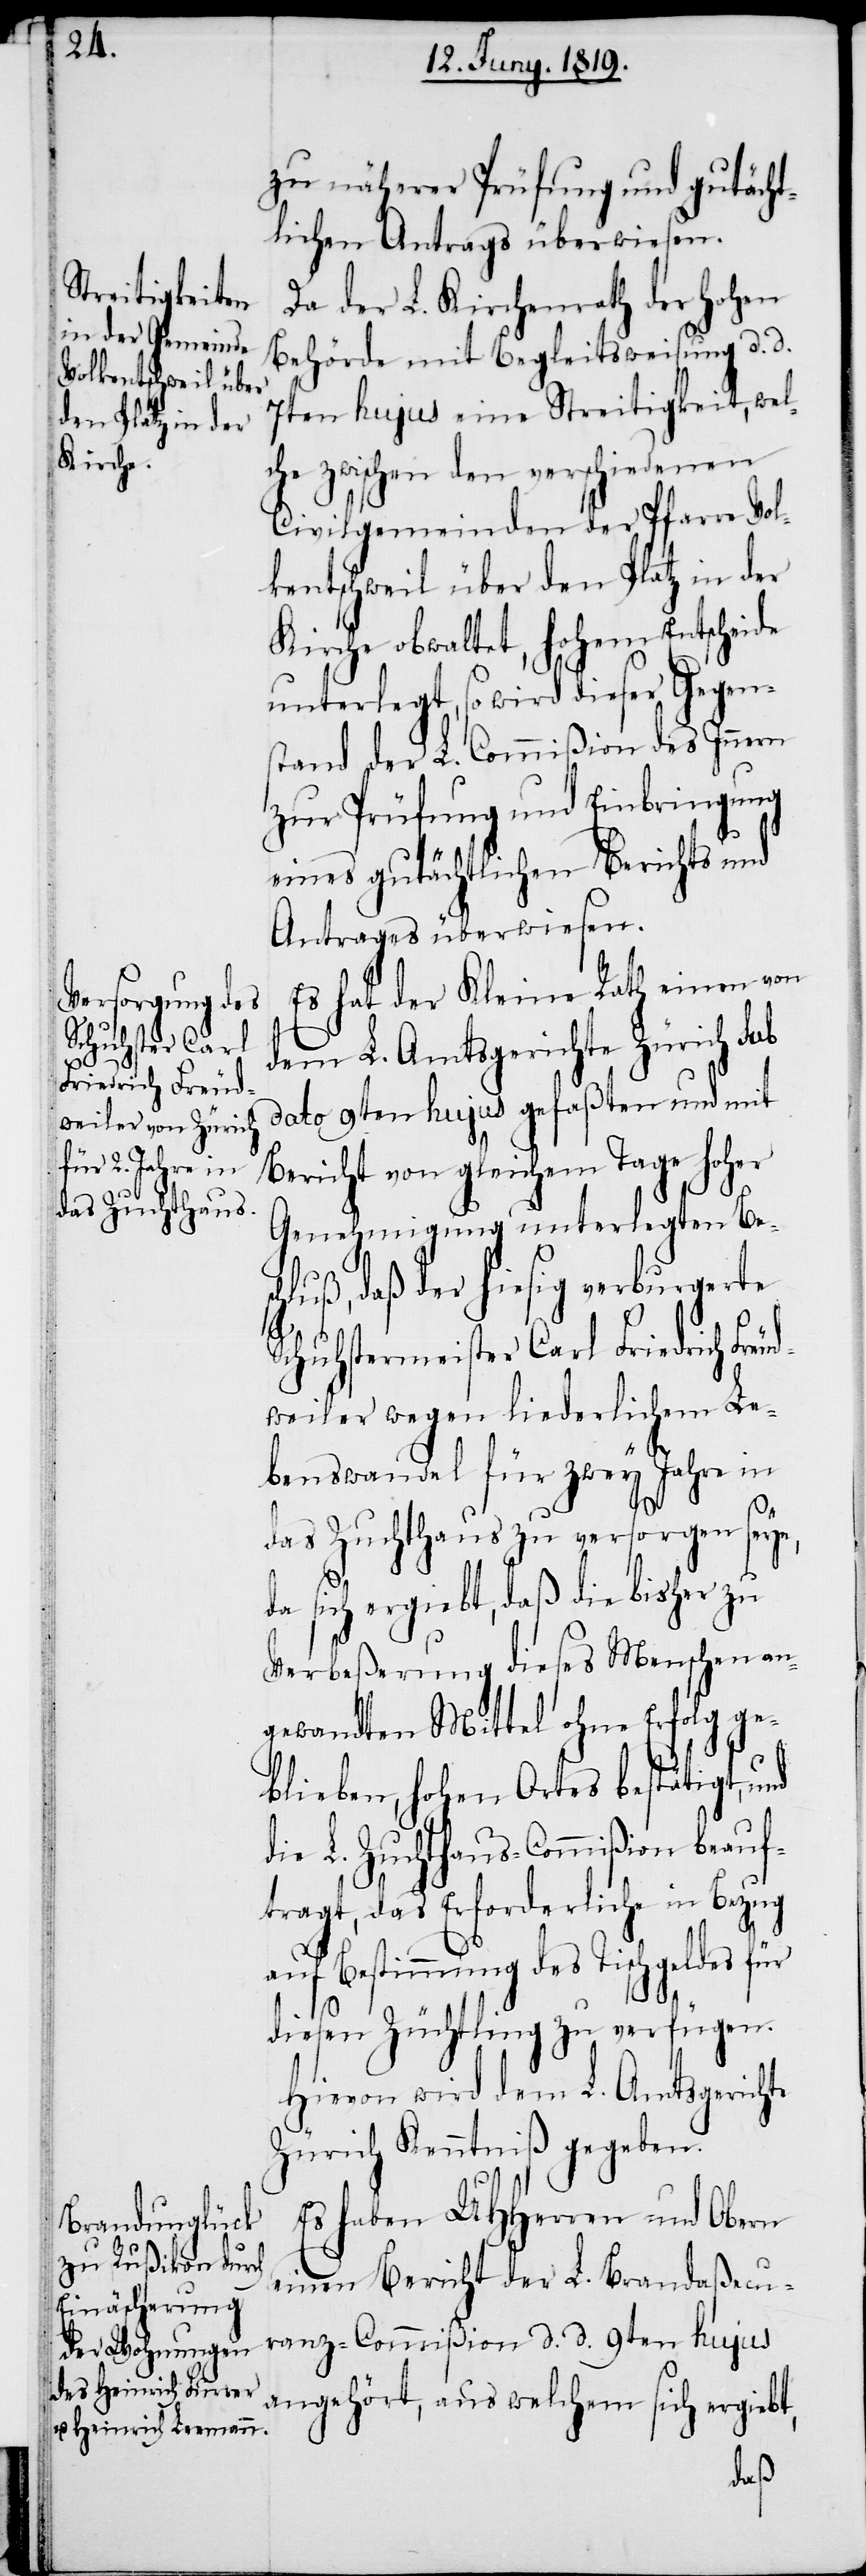
Friedrich Freud¬

zu näherer Prüfung und gutächt¬
lichen Antrags überwiesen.
Da der L. Kirchenrath der hohen
Behörde mit Begleitsweisung d. d.
7ten hujus eine Streitigkeit, welc¬
he zwischen den verschiedenen
Civilgemeinden der Pfarre Vol¬
kentschweil über den Platz in der
Kirche obwaltet, hohem Entscheide
unterlegt, so wird dieser Gegen¬
stand der L. Commißion des Innern
zur Prüfung und Einbringung
eines gutächtlichen Berichts und
Antrages überwiesen.
Es hat der Kleine Rath einen von
dem L. Amtsgerichte Zürich sub
dato 9ten hujus gefaßten und mit
Bericht von gleichem Tage hoher
Genehmigung unterlegten Bes¬
chluß, daß der hiesig verburgerte
Schuhstermeister Carl
weiler wegen liederlichem Le¬
benswandel für zwey Jahre in
das Zuchthaus zu versorgen seye,
da sich ergiebt, daß die bisher zu
Verbeßerung dieses Menschen an¬
gewandten Mittel ohne Erfolg ge¬
blieben, hohen Ortes bestätigt,
die L. Zuchthaus-Commißion beauf¬
tragt, das Erforderliche in Bezug
Bestimmung des Tischgeldes
diesen Züchtling zu verfügen.
Hievon wird dem L. Amtsgerichte
Zürich Kenntniß gegeben.
Es haben UHHerren und Obern
einen Bericht der L. Brandaßecu¬
ranz-Commißion d. d. 9ten hujus
angehört, aus welchem sich ergiebt,